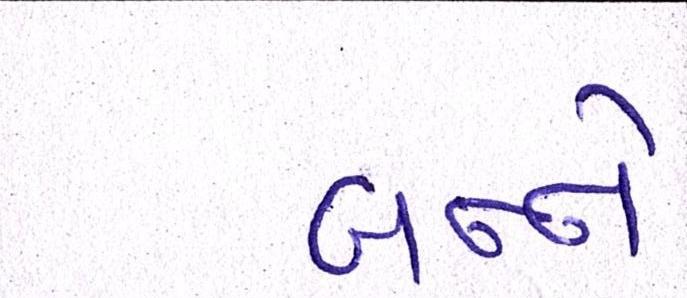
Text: બન્ને